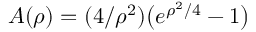
A ( \rho ) = ( 4 / \rho ^ { 2 } ) \bigl ( e ^ { \rho ^ { 2 } / 4 } - 1 \bigr )